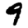
Digit: 9